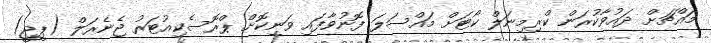
މައްޗަށް ދައުވާކުރަން ކްރިމިނަލް ކޯޓަށް މައްސަލަ ފޮނުވާފައި ވަނިކޮށް ޕްރޮސެކިއުޓަރު ޖެނެރަލް (ޕީޖީ)